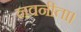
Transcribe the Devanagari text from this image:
नवनीता।